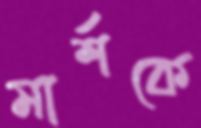
মার্শকে